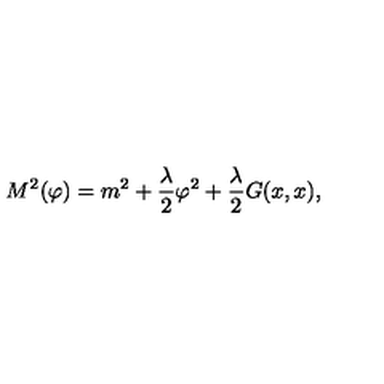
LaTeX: M ^ { 2 } ( \varphi ) = m ^ { 2 } + \frac { \lambda } { 2 } \varphi ^ { 2 } + \frac { \lambda } { 2 } G ( x , x ) ,